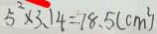
5 ^ { 2 } \times 3 . 1 4 = 7 8 . 5 ( c m ^ { 2 } )